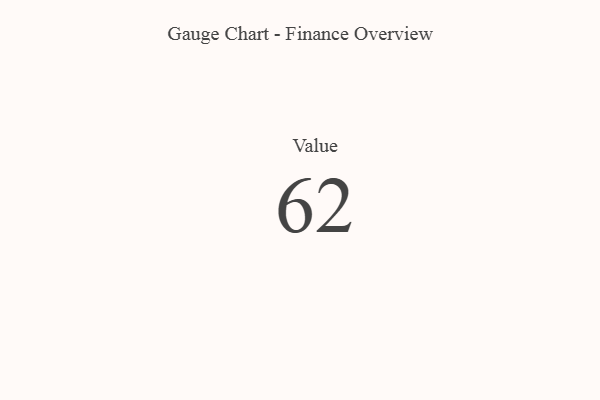
{"axis": {"x": "Metric", "y": "Value"}, "legend": [""], "data": [{"x": "Value", "y": 62, "type": ""}]}